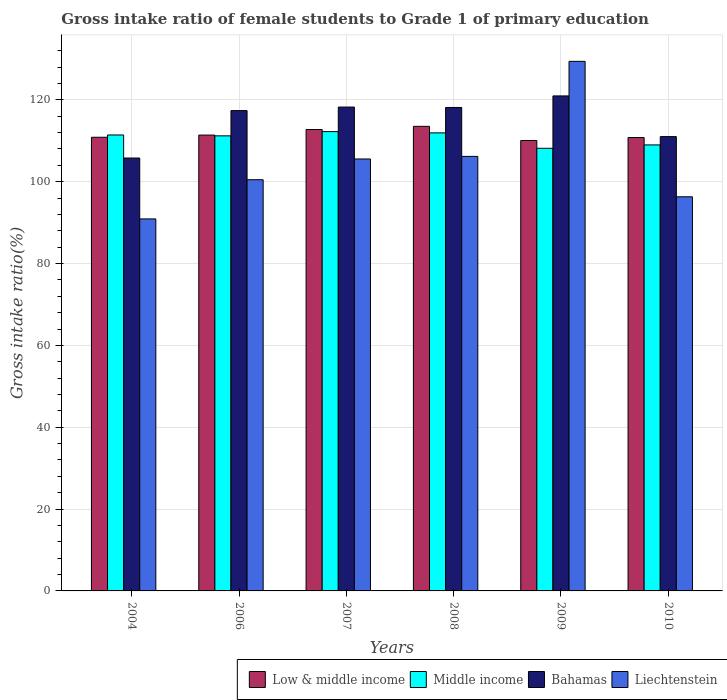
| Years | Low & middle income | Middle income | Bahamas | Liechtenstein |
 | --- | --- | --- | --- | --- |
 | 2004 | 111 | 111 | 106 | 90.9 |
 | 2006 | 111 | 111 | 117 | 100 |
 | 2007 | 113 | 112 | 118 | 106 |
 | 2008 | 114 | 112 | 118 | 106 |
 | 2009 | 110 | 108 | 121 | 129 |
 | 2010 | 111 | 109 | 111 | 96.3 |